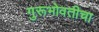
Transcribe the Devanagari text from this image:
गुरूभोवतीचा